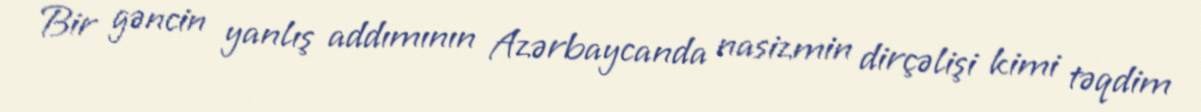
Bir gəncin yanlış addımının Azərbaycanda nasizmin dirçəlişi kimi təqdim